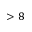
> 8